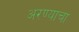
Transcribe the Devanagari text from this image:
अरण्याचा